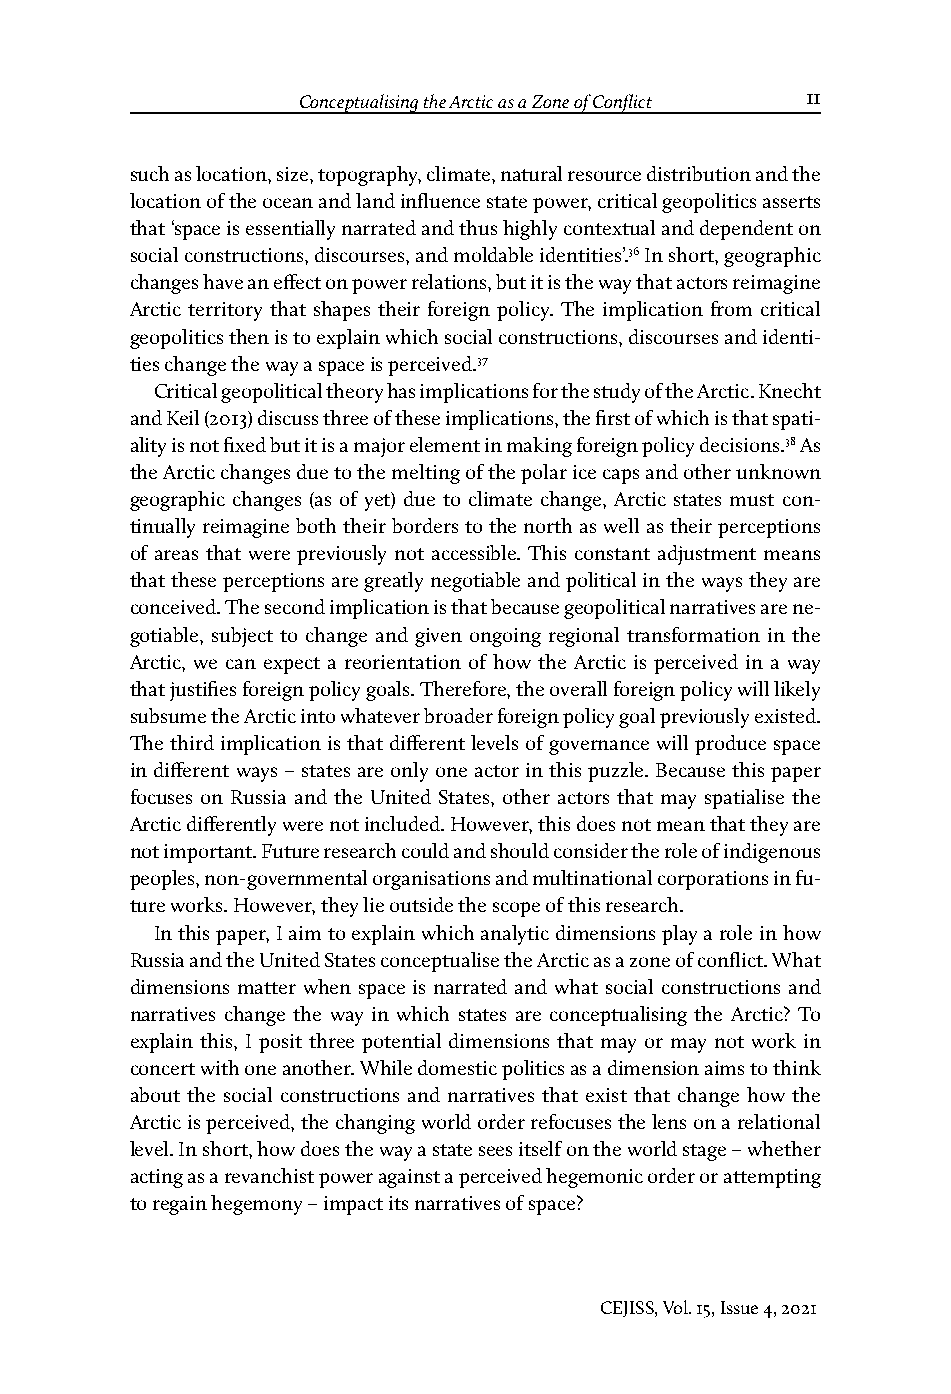
Gabriella Gricius   Conceptualising the Arctic as a Zone of Conflict 11
 such as location, size, topography, climate, natural resource distribution and the
 location of the ocean and land influence state power, critical geopolitics asserts
 that ‘space is essentially narrated and thus highly contextual and dependent on
 social constructions, discourses, and moldable identities’.36 In short, geographic
 changes have an effect on power relations, but it is the way that actors reimagine
 Arctic territory that shapes their foreign policy. The implication from critical
 geopolitics then is to explain which social constructions, discourses and identi-
 ties change the way a space is perceived.37
 Critical geopolitical theory has implications for the study of the Arctic. Knecht
 and Keil (2013) discuss three of these implications, the first of which is that spati-
 ality is not fixed but it is a major element in making foreign policy decisions.38 As
 the Arctic changes due to the melting of the polar ice caps and other unknown
 geographic changes (as of yet) due to climate change, Arctic states must con-
 tinually reimagine both their borders to the north as well as their perceptions
 of areas that were previously not accessible. This constant adjustment means
 that these perceptions are greatly negotiable and political in the ways they are
 conceived. The second implication is that because geopolitical narratives are ne-
 gotiable, subject to change and given ongoing regional transformation in the
 Arctic, we can expect a reorientation of how the Arctic is perceived in a way
 that justifies foreign policy goals. Therefore, the overall foreign policy will likely
 subsume the Arctic into whatever broader foreign policy goal previously existed.
 The third implication is that different levels of governance will produce space
 in different ways – states are only one actor in this puzzle. Because this paper
 focuses on Russia and the United States, other actors that may spatialise the
 Arctic differently were not included. However, this does not mean that they are
 not important. Future research could and should consider the role of indigenous
 peoples, non-governmental organisations and multinational corporations in fu-
 ture works. However, they lie outside the scope of this research.
 In this paper, I aim to explain which analytic dimensions play a role in how
 Russia and the United States conceptualise the Arctic as a zone of conflict. What
 dimensions matter when space is narrated and what social constructions and
 narratives change the way in which states are conceptualising the Arctic? To
 explain this, I posit three potential dimensions that may or may not work in
 concert with one another. While domestic politics as a dimension aims to think
 about the social constructions and narratives that exist that change how the
 Arctic is perceived, the changing world order refocuses the lens on a relational
 level. In short, how does the way a state sees itself on the world stage – whether
 acting as a revanchist power against a perceived hegemonic order or attempting
 to regain hegemony – impact its narratives of space?
 CEJISS, Vol. 15, Issue 4, 2021